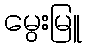
မွေးမြူ